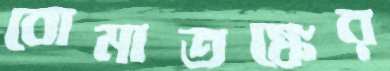
বোমাতঙ্কের